Leaving Certificate Examination, 1916
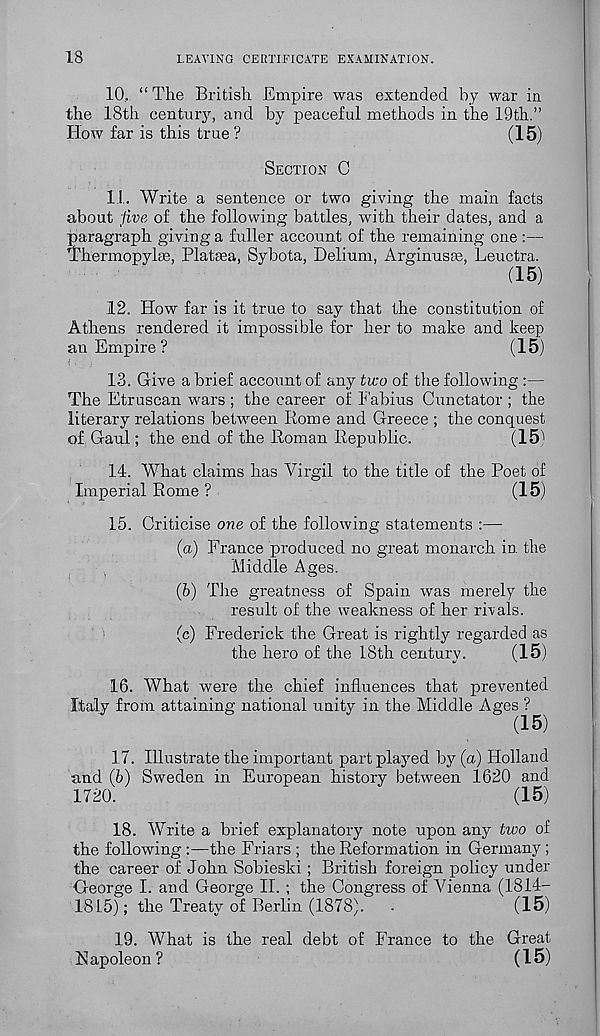
18
LEAVING CERTIFICATE EXAMINATION.
10. “ The British Empire was extended by war in
the 18th century, and by peaceful methods in the 19th.”
How far is this true ?
(15)
SECTION C
11. Write a sentence or two giving the main facts
about five of the following battles, with their dates, and a
paragraph giving a fuller account of the remaining one :—
Thermopylie, Platma, Sybota, Helium, Arginusae, Leuctra.
(15)
12. How far is it true to say that the constitution of
Athens rendered it impossible for her to make and keep
an Empire ?
(15)
13. Give a brief account of any two of the following :—
The Etruscan wars ; the career of Fabius Cunctator ; the
literary relations between Rome and Greece ; the conquest
of Gaul; the end of the Roman Republic.
(15)
14. What claims has Virgil to the title of the Poet of
Imperial Rome ?
(15)
15. Criticise one of the following statements :—
(a) France produced no great monarch in the
Middle Ages.
(b) The greatness of Spain was merely the
result of the weakness of her rivals.
(c) Frederick the Great is rightly regarded as
the hero of the 18th century.
(15)
16. What were the chief influences that prevented
Italy from attaining national unity in the Middle Ages
17. Illustrate the important part played by (a) Holland
and (b) Sweden in European history between 1620 and
1720.
(15)
18. Write a brief explanatory note upon any two of
the following :—the Friars ; the Reformation in Germany ;
the career of John Sobieski ; British foreign policy under
George I. and George II. ; the Congress of Wenna (1814-
1815); the Treaty of Berlin (1878).
-
(15)
19. What is the real debt of France to the Great
Hapoleon?
(15)